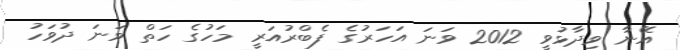
އޭނާ ވިދާޅުވީ 2012 ވަނަ އަހަރުގެ ފެބްރުއަރީ މަހުގެ ހަތް ވަނަ ދުވަހު